Assam Mental Hospital (Tezpur, India) - 1933-1948
Year: 1933
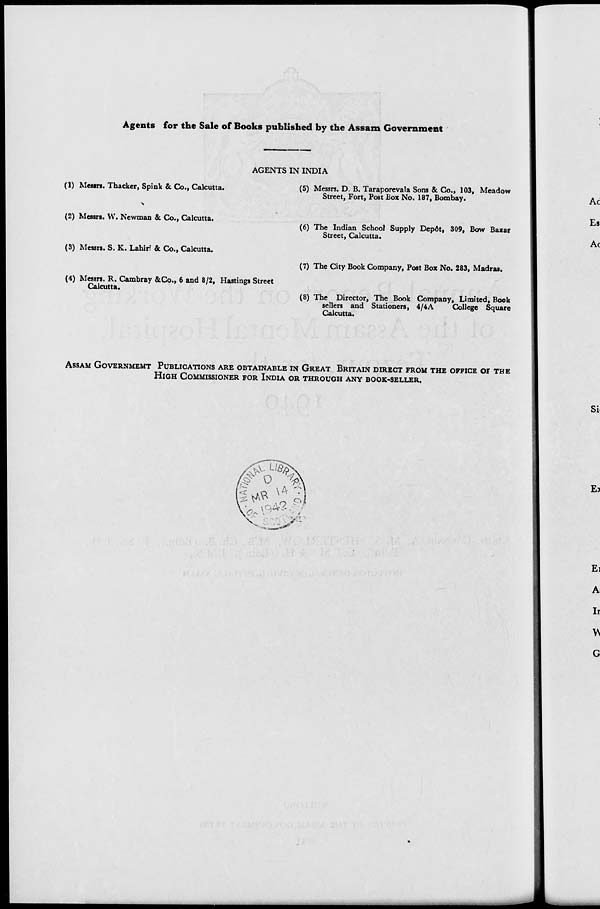
Agents for the Sale of Books published by the Assam Government
AGENTS IN INDIA
(1) Messrs. Thacker, Spink & Co., Calcutta.
(2) Messrs. W. Newman & Co., Calcutta.
(3) Messrs. S. K. Lahiri & Co., Calcutta.
(4) Messrs. R. Cambray &Co., 6 and 8/2, Hastings Street
Calcutta.
(5) Messrs. D. B. Taraporevala Sons & Co., 103, Meadow
Street, Fort, Post Box No. 187, Bombay.
(6) The Indian School Supply Depôt, 309, Bow Bazar
Street, Calcutta.
(7) The City Book Company, Post Box No. 283, Madras.
(8) The Director, The Book Company, Limited, Book
sellers and Stationers, 4/4A
College Square
Calcutta.
ASSAM GOVERNMENT PUBLICATIONS ARE OBTAINABLE IN GREAT BRITAIN DIRECT FROM THE OFFICE OF THE
HIGH COMMISSIONER FOR INDIA OR THROUGH ANY BOOK-SELLER.